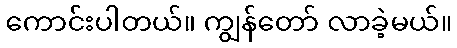
ကောင်းပါတယ်။ ကျွန်တော် လာခဲ့မယ်။